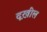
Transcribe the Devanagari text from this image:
दख़ील